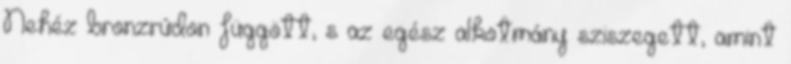
Nehéz bronzrúdon függött, s az egész alkotmány sziszegett, amint